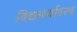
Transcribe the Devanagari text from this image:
विद्यार्थ्यावरच